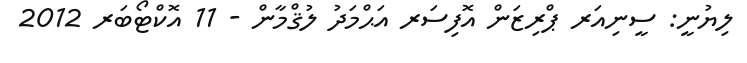
ލިޔުނީ: ސީނިއަރ ޕްރިޒަން އޮފިސަރ އަޙްމަދު ލުޤްމާން - 11 އޮކްޓޯބަރ 2012